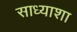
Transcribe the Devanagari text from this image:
साध्याशा